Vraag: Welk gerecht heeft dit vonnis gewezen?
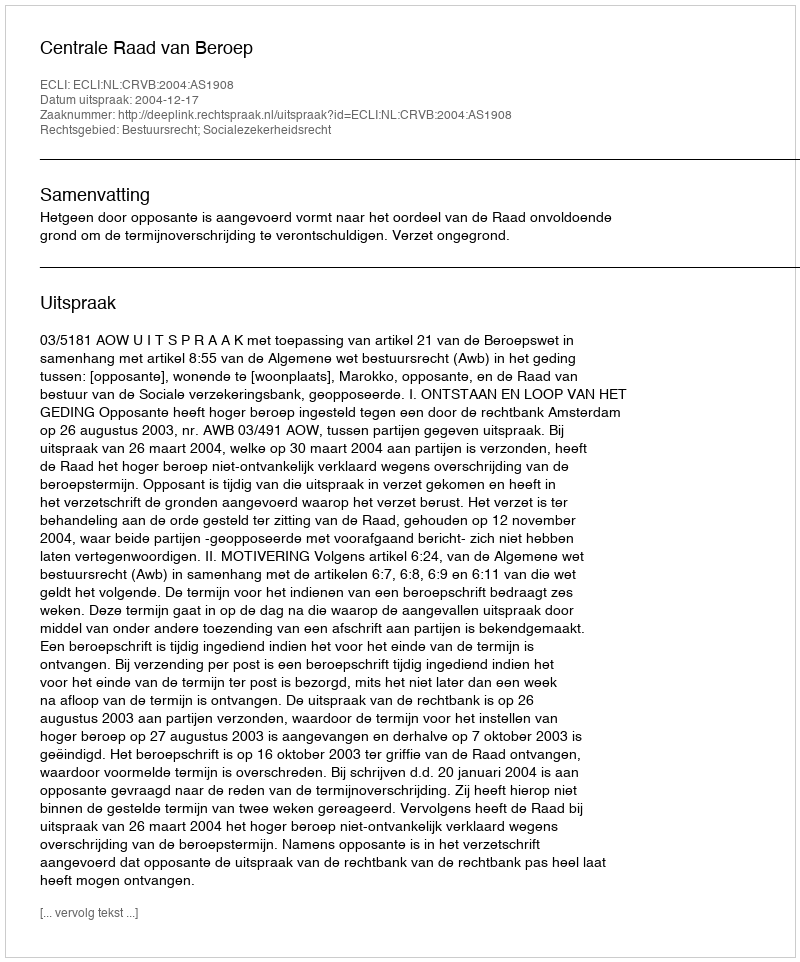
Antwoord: Centrale Raad van Beroep